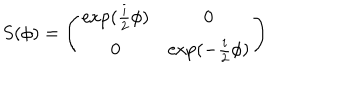
LaTeX: S ( \phi ) = \left( \begin{array} { c c } { { \exp ( \frac { i } { 2 } \phi ) } } & { { 0 } } \\ { { 0 } } & { { \exp ( - \frac { i } { 2 } \phi ) } } \\ \end{array} \right)